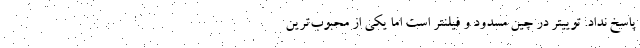
پاسخ نداد. توییتر در چین مسدود و فیلنتر است اما یکی از محبوب‌ترین